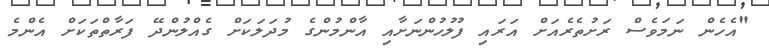
"އެހެން ނަމަވެސް ރަށުތެރެއަށް އަރައި ފުލުހުންނަށާއި އާންމުންގެ މުދަލަކަށް ގެއްލުންދޭ ފަރާތްތަކަށް އެންމެ